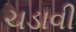
ચડાવી